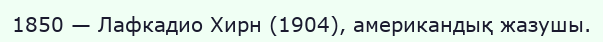
1850 — Лафкадио Хирн (1904), американдық жазушы.